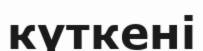
күткені